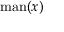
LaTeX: { \mathrm { m a n } } ( x )